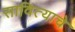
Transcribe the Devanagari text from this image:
सावित्याचे